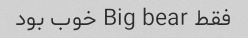
فقط Big bear خوب بود